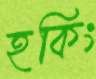
হকিং